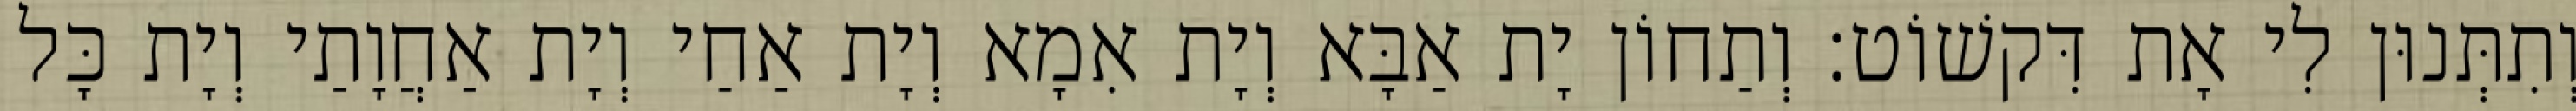
וְתִתְּנוּן לִי אָת דִּקשׁוֹט׃ וְתַחוֹן יָת אַבָּא וְיָת אִמָא וְיָת אַחַי וְיָת אַחֲוָתַי וְיָת כָּל